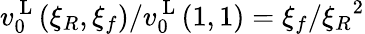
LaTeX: v_{0}^{\mathrm{~L~}}(\xi_{R},\xi_{f})/v_{0}^{\mathrm{~L~}}(1,1)=\xi_{f}/{\xi_{R}}^{2}